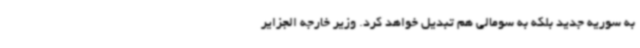
به سوریه جدید بلکه به سومالی هم تبدیل خواهد کرد. وزیر خارجه الجزایر